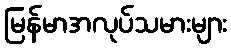
မြန်မာအလုပ်သမားများ